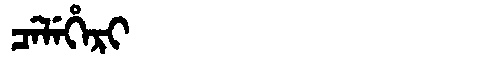
Manchu: ᠴᡝᠯᡝᡥᡝᡵᡳ
Romanization: CELEHERI